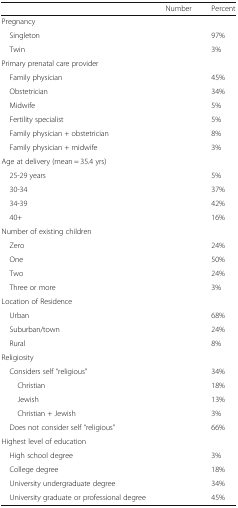
<table><thead><tr><td>[EMPTY_CELL]</td><td><b>Number</b></td><td><b>Percent</b></td></tr></thead><tbody><tr><td colspan="3">Pregnancy</td></tr><tr><td> Singleton</td><td>[EMPTY_CELL]</td><td>97%</td></tr><tr><td> Twin</td><td>[EMPTY_CELL]</td><td>3%</td></tr><tr><td colspan="3">Primary prenatal care provider</td></tr><tr><td> Family physician</td><td>[EMPTY_CELL]</td><td>45%</td></tr><tr><td> Obstetrician</td><td>[EMPTY_CELL]</td><td>34%</td></tr><tr><td> Midwife</td><td>[EMPTY_CELL]</td><td>5%</td></tr><tr><td> Fertility specialist</td><td>[EMPTY_CELL]</td><td>5%</td></tr><tr><td> Family physician + obstetrician</td><td>[EMPTY_CELL]</td><td>8%</td></tr><tr><td> Family physician + midwife</td><td>[EMPTY_CELL]</td><td>3%</td></tr><tr><td colspan="3">Age at delivery (mean = 35.4 yrs)</td></tr><tr><td> 25-29 years</td><td>[EMPTY_CELL]</td><td>5%</td></tr><tr><td> 30-34</td><td>[EMPTY_CELL]</td><td>37%</td></tr><tr><td> 34-39</td><td>[EMPTY_CELL]</td><td>42%</td></tr><tr><td> 40+</td><td>[EMPTY_CELL]</td><td>16%</td></tr><tr><td colspan="3">Number of existing children</td></tr><tr><td> Zero</td><td>[EMPTY_CELL]</td><td>24%</td></tr><tr><td> One</td><td>[EMPTY_CELL]</td><td>50%</td></tr><tr><td> Two</td><td>[EMPTY_CELL]</td><td>24%</td></tr><tr><td> Three or more</td><td>[EMPTY_CELL]</td><td>3%</td></tr><tr><td colspan="3">Location of Residence</td></tr><tr><td> Urban</td><td>[EMPTY_CELL]</td><td>68%</td></tr><tr><td> Suburban/town</td><td>[EMPTY_CELL]</td><td>24%</td></tr><tr><td> Rural</td><td>[EMPTY_CELL]</td><td>8%</td></tr><tr><td colspan="3">Religiosity</td></tr><tr><td> Considers self “religious”</td><td>[EMPTY_CELL]</td><td>34%</td></tr><tr><td>Christian</td><td>[EMPTY_CELL]</td><td>18%</td></tr><tr><td>Jewish</td><td>[EMPTY_CELL]</td><td>13%</td></tr><tr><td>Christian + Jewish</td><td>[EMPTY_CELL]</td><td>3%</td></tr><tr><td> Does not consider self “religious”</td><td>[EMPTY_CELL]</td><td>66%</td></tr><tr><td colspan="3">Highest level of education</td></tr><tr><td> High school degree</td><td>[EMPTY_CELL]</td><td>3%</td></tr><tr><td> College degree</td><td>[EMPTY_CELL]</td><td>18%</td></tr><tr><td> University undergraduate degree</td><td>[EMPTY_CELL]</td><td>34%</td></tr><tr><td> University graduate or professional degree</td><td>[EMPTY_CELL]</td><td>45%</td></tr></tbody></table>